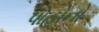
પોહોનો